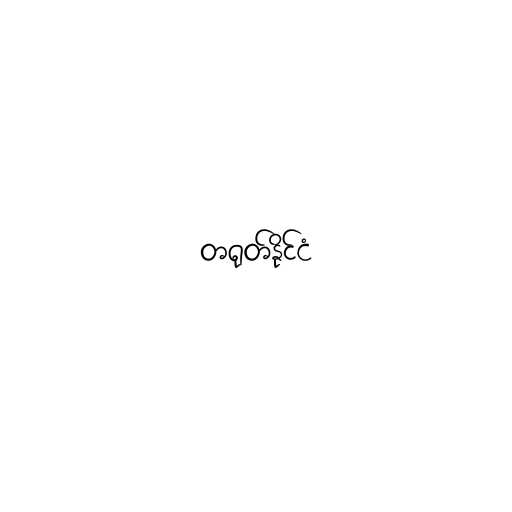
တရုတ်နိုင်ငံ